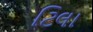
ટિલા